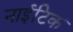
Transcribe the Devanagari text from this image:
नाईटिक